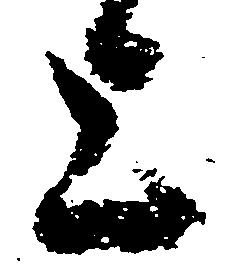
上